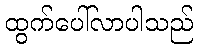
ထွက်ပေါ်လာပါသည်